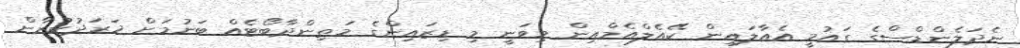
ނެދަލެންޑްސްގެ ގައުމީ އެއާލައިން ކޭއެލްއެމްއިން މިވަނީ މި ޑިޒައިންގެ މަތިންދާބޯޓެއް ބަނުމަށް ޚަރަދުކުރާން